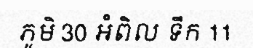
ភូមិ 30 អំពិល ទឹក 11